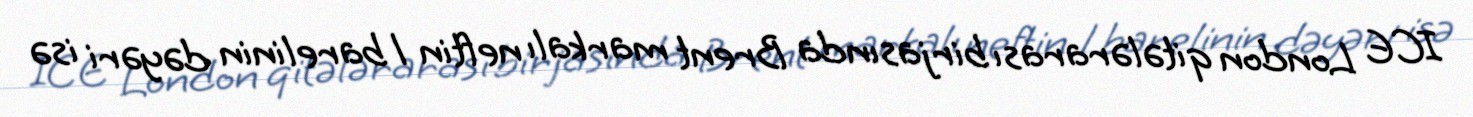
ICE London qitələrarası birjasında Brent markalı neftin 1 barelinin dəyəri isə